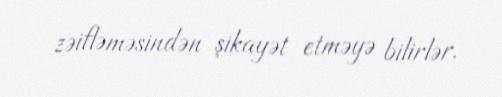
zəifləməsindən şikayət etməyə bilirlər.